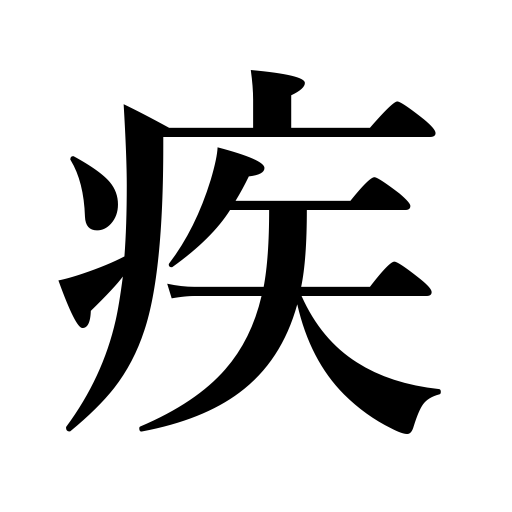
Meanings: disease,illness